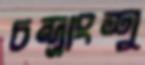
চন্দ্রাংশু